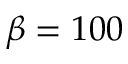
\beta = 1 0 0